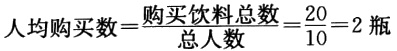
\(人均购买数=\frac{购买饮料总数}{总人数}=\frac{20}{10}=2\ 瓶\)